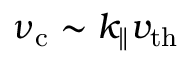
\nu _ { \mathrm { c } } \sim k _ { \| } v _ { \mathrm { t h } }